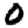
Digit: 0